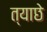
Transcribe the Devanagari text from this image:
त्याछे